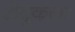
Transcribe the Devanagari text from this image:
टोब्रुकला